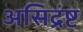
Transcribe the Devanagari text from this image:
असिद्रंष्ट